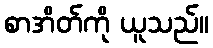
စာအိတ်ကို ယူသည်။